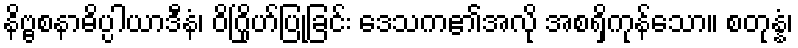
နိဗ္ဗစနာဓိပ္ပါယာဒီနံ၊ ဝိဂြိုဟ်ပြုခြင်း ဒေသက၏အလို အစရှိကုန်သော။ စတုန္နံ၊